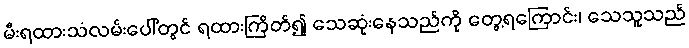
မီးရထားသံလမ်းပေါ်တွင် ရထားကြိတ်၍ သေဆုံးနေသည်ကို တွေ့ရကြောင်း၊ သေသူသည်